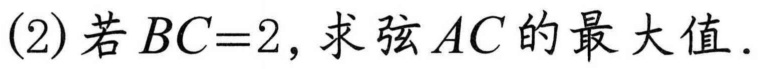
(2)若\(BC = 2\)，求弦\(AC\)的最大值.